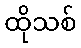
ထိုသစ်